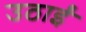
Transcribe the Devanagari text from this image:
उठाईं